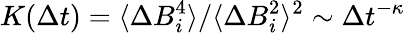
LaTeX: K(\Delta t)=\langle\Delta B_{i}^{4}\rangle/\langle\Delta B_{i}^{2}\rangle^{2}\sim\Delta t^{-\kappa}